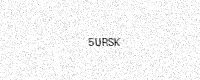
Text: 5URSK